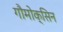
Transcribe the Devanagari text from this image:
गौमोक्सिन